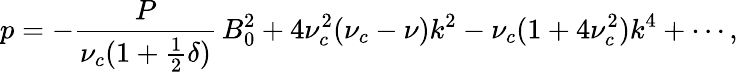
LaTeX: p=-\frac{P}{\nu_{c}(1+\frac{1}{2}\delta)}\, B_{0}^{2}+4\nu_{c}^{2}(\nu_{c}-\nu)k^{2}-\nu_{c}(1+4\nu_{c}^{2})k^{4}+\cdots,